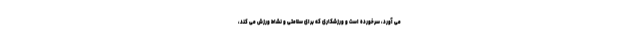
می آورد، سرخورده است و ورزشکاری که برای سلامتی و نشاط ورزش می کند،